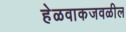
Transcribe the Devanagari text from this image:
हेळवाकजवळील